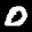
Label: 0